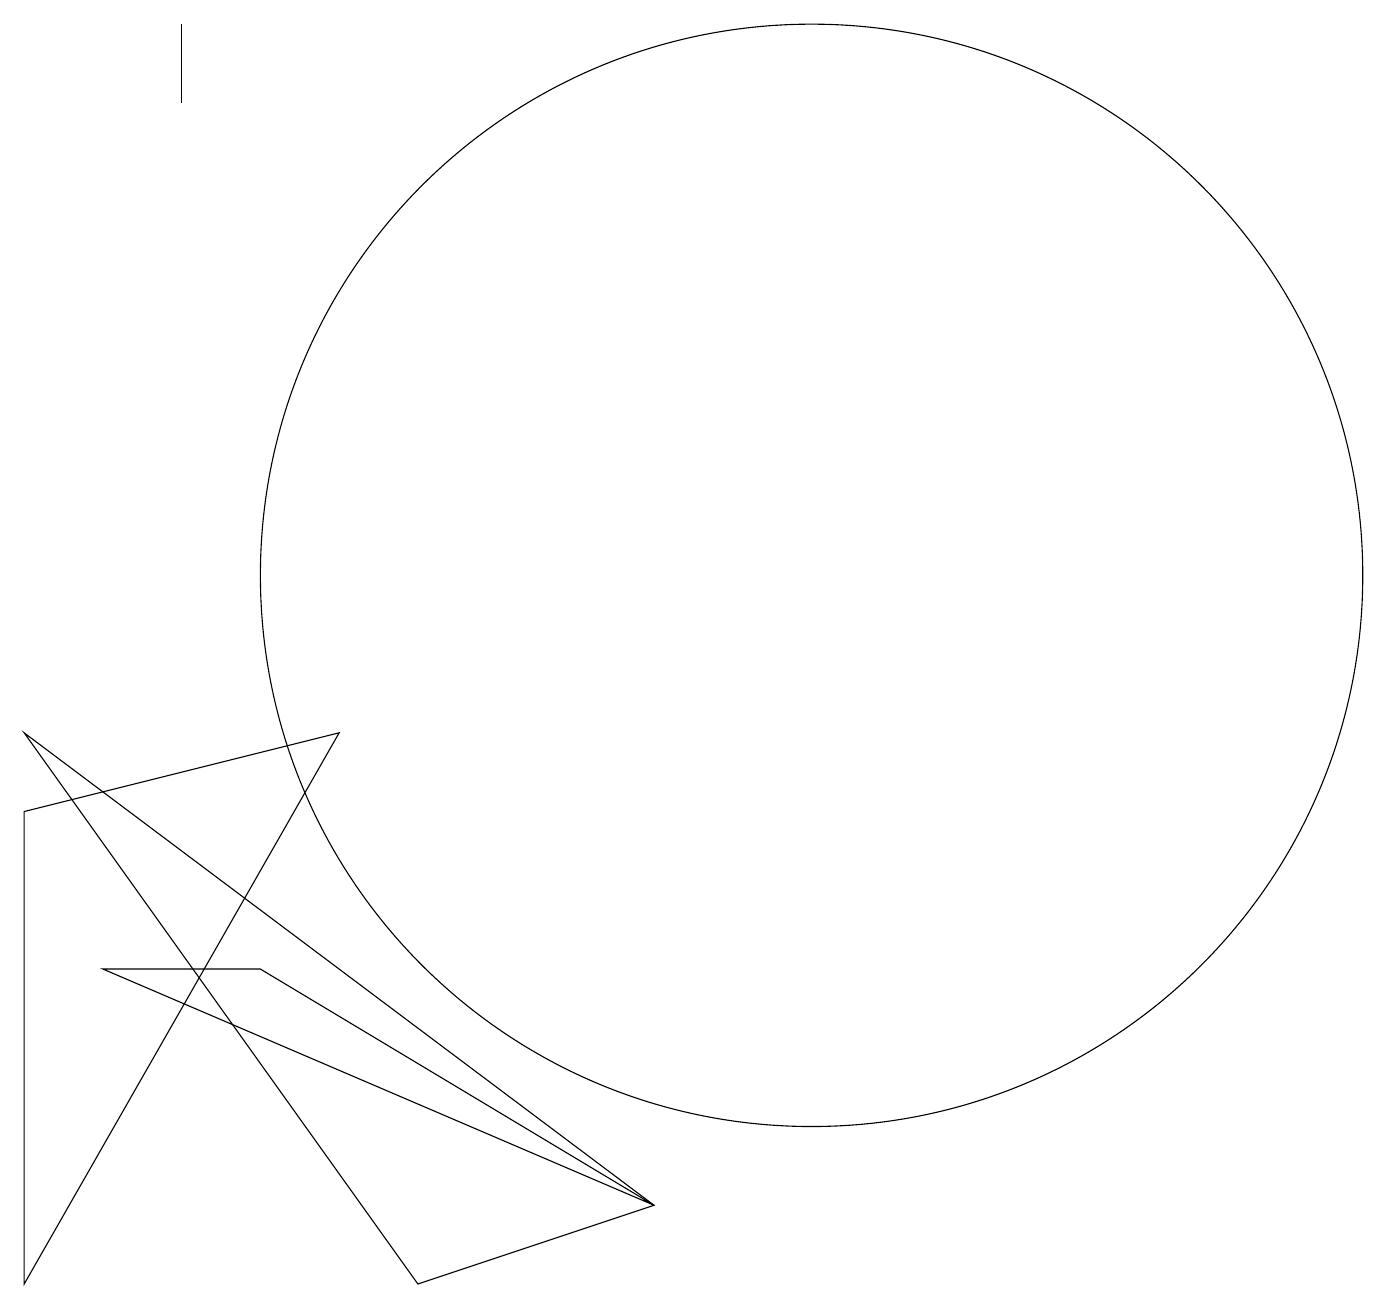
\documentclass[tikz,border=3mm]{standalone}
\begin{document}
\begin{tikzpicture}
\draw (3,17) rectangle (3,18);
\draw (1,8) -- (1,2) -- (5,9) -- cycle;
\draw (11,11) circle (7);
\draw (9,3) -- (1,9) -- (6,2) -- cycle;
\draw (2,6) -- (4,6) -- (9,3) -- cycle;
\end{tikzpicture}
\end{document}